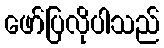
ဖော်ပြလိုပါသည်